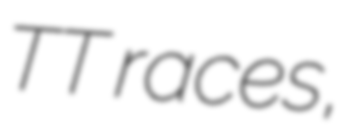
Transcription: TT races,